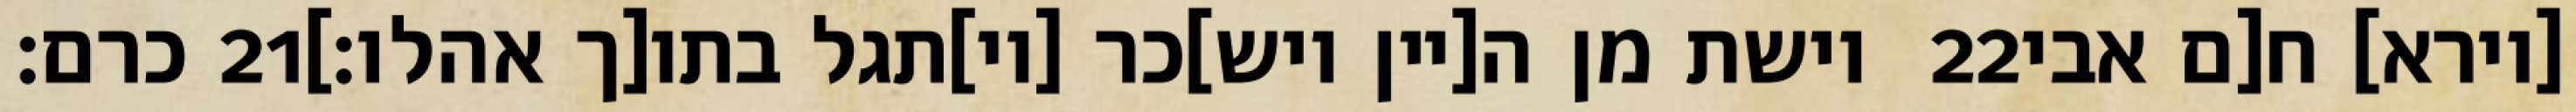
כרם׃ ‎21‏ וישת מן ה[יין ויש]כר [וי]תגל בתו[ך אהלו׃] ‎22‏ [וירא] ח[ם אבי